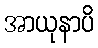
အာယုနာပိ